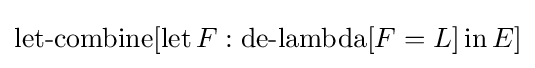
\operatorname {let-combine} [\operatorname {let} F:\operatorname {de-lambda} [F=L]\operatorname {in} E]